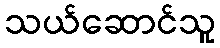
သယ်ဆောင်သူ